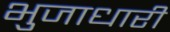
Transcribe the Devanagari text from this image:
भुजाधारी